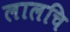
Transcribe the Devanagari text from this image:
लालचि